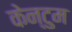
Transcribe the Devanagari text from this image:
केन्टुम